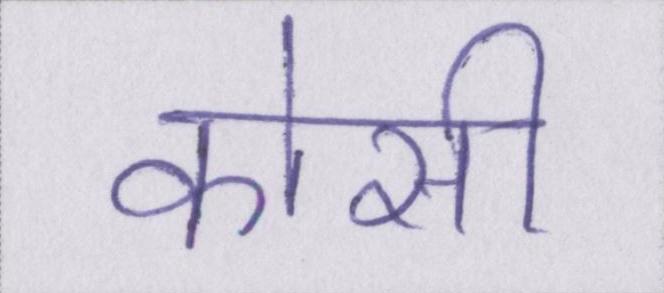
कोसी